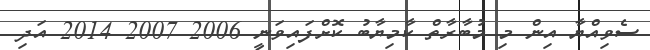
ސެވިއްޔާ އިން މި މުބާރާތް ކާމިޔާބު ކޮށްފައިވަނީ 2006 2007 2014 އަދި